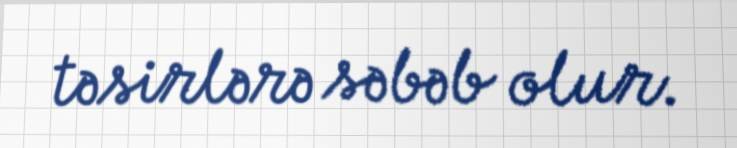
təsirlərə səbəb olur.